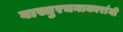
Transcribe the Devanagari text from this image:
वास्तुरचनाकारांनी